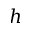
h